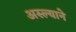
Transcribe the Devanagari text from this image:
अस्ल्याने